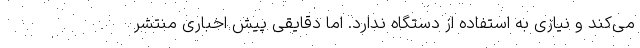
می‌کند و نیازی به استفاده از دستگاه ندارد. اما دقایقی پیش اخباری منتشر